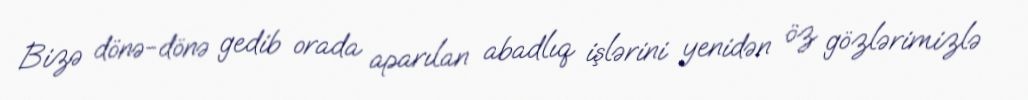
Bizə dönə-dönə gedib orada aparılan abadlıq işlərini yenidən öz gözlərimizlə